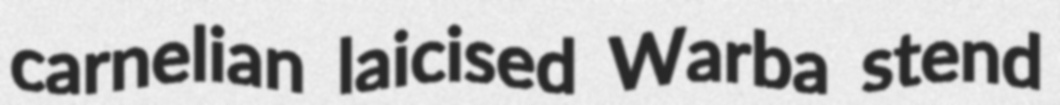
carnelian laicised Warba stend